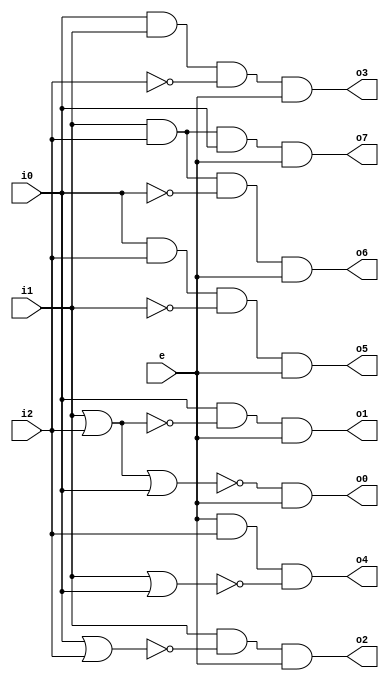
module Decoder (e,i2,i1,i0,o0,o1,o2,o3,o4,o5,o6,o7);
input i2,i1,i0,e;
output o1,o2,o3,o4,o5,o6,o7,o0;
assign o0=(~(i1|i2 |i0))&e;
assign o1=(i0&~(i1|i2))&e;
assign o2=(i1&~(i0|i2))&e;
assign o3=i0&i1&(~i2)&e;
assign o4=e&i2&~(i1|i0);
assign o5=i0&i2&(~i1)&e;
assign o6=i1&i2&(~i0)&e;
assign o7=(i1&i2&i0)&e;
endmodule